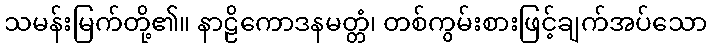
သမန်းမြက်တို့၏။ နာဠိကောဒနမတ္တံ၊ တစ်ကွမ်းစားဖြင့်ချက်အပ်သော